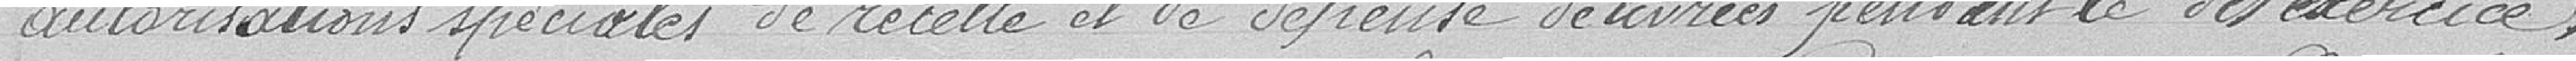
autorisations spéciales de recettes et de dépenses délivrées pendant le dit exercice;